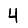
Digit: 4